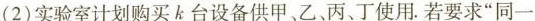
(2)实验室计划购买k台设备供甲、乙、丙、丁使用.若要求“同一